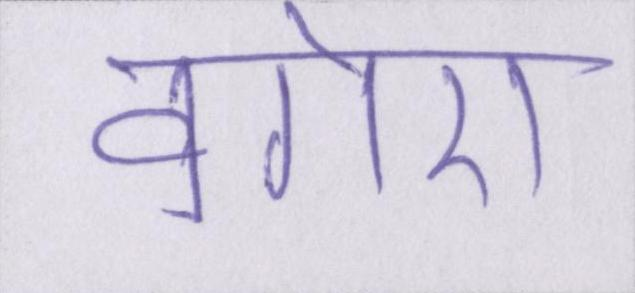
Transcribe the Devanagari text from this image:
वगेरा